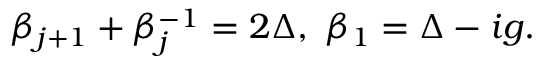
\beta _ { j + 1 } + \beta _ { j } ^ { - 1 } = 2 \Delta , ~ \beta _ { 1 } = \Delta - i g .